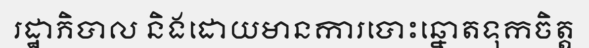
រដ្ឋាភិបាល និងដោយមានការបោះឆ្នោតទុកចិត្ត